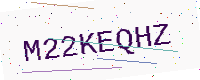
Text: M22KEQHZ